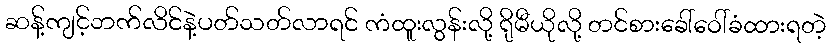
ဆန့်ကျင့်ဘက်လိင်နဲ့ပတ်သတ်လာရင် ကံထူးလွန်းလို့ ရိုမီယိုလို့ တင်စားခေါ်ဝေါ်ခံထားရတဲ့